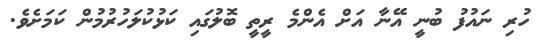
ހުރި ނައުފު ބުނީ އޭނާ އަށް އެންމެ ރީތީ ބޮލުގައި ކަޅުކުލަހުރުމުން ކަމަށެވެ.